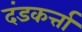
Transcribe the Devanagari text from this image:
दंडकर्त्ता